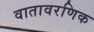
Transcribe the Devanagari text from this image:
वातावरणिक